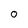
Character: 0